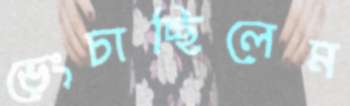
ভেংচাচ্ছিলেম